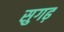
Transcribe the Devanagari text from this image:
सुगढ़